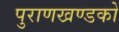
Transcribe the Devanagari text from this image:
पुराणखण्डको